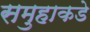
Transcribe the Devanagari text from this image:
समुहाकडे